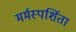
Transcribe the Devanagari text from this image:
मर्मस्पर्शिता